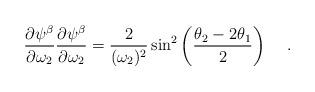
LaTeX: \begin{align*}{\partial \psi ^\beta \over \partial \omega_2}{\partial \psi ^\beta \over \partial \omega_2} = {2 \over (\omega_2)^2} \sin ^2 \left({\theta_2 - 2\theta _1 \over 2} \right)\hskip 0.5cm .\end{align*}